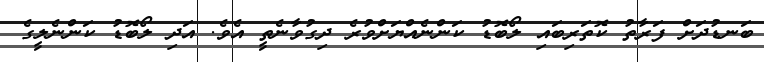
ބަނޑުދަށް ފަރާތު ކޮތަރިބައި ލޯބޮޑު ކަންނެއްޔަށްވުރެ ދިގުވާނެތީ އެވެ. އަދި ލޯބޮޑު ކަންނެލީގެ